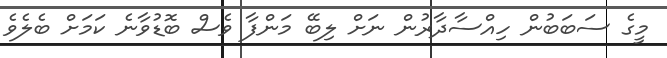
މީގެ ސަބަބުން ހިއްސާދާރުން ނަށް ލިބޭ މަންފާ ވެސް ބޮޑުވާނެ ކަމަށް ބެލެވެ